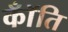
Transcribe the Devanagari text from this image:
कॉँति